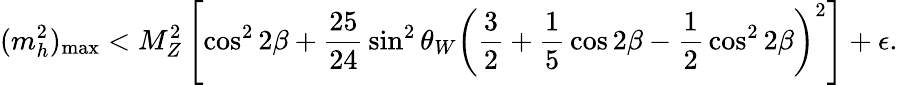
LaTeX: (m_{h}^{2})_{\mathrm{max}}<M_{Z}^{2}\left[\cos^{2}2\beta+{\frac{25}{24}}\sin^{2}\theta_{W}\left({\frac{3}{2}}+{\frac{1}{5}}\cos 2\beta-{\frac{1}{2}}\cos^{2}2\beta\right)^{2}\right]+\epsilon.